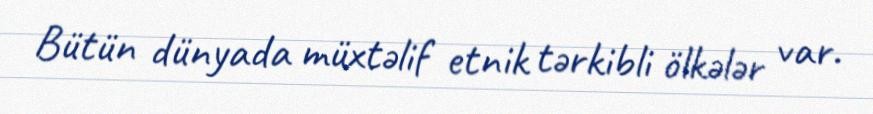
Bütün dünyada müxtəlif etnik tərkibli ölkələr var.